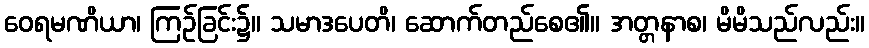
ဝေရမဏိယာ၊ ကြဉ်ခြင်း၌။ သမာဒပေတိ၊ ဆောက်တည်စေ၏။ အတ္တနာစ၊ မိမိသည်လည်း။